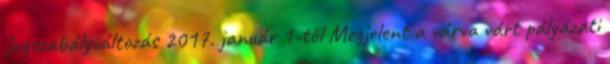
Jogszabályváltozás 2017. január 1-től Megjelent a várva várt pályázati